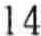
14